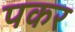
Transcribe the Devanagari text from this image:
पकर